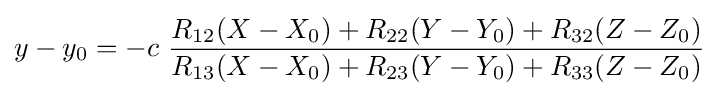
y-y_{0}=-c\ {\frac {R_{12}(X-X_{0})+R_{22}(Y-Y_{0})+R_{32}(Z-Z_{0})}{R_{13}(X-X_{0})+R_{23}(Y-Y_{0})+R_{33}(Z-Z_{0})}}